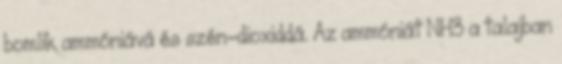
bomlik ammóniává és szén-dioxiddá. Az ammóniát NH3 a talajban